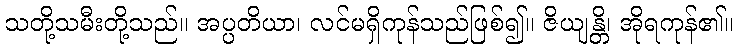
သတို့သမီးတို့သည်။ အပ္ပတိယာ၊ လင်မရှိကုန်သည်ဖြစ်၍။ ဇိယျန္တိ၊ အိုရကုန်၏။